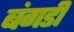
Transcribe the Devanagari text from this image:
बंगडी